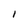
Character: I